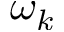
\omega _ { k }